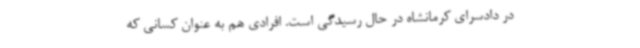
در دادسرای کرمانشاه در حال رسیدگی است. افرادی هم به عنوان کسانی که